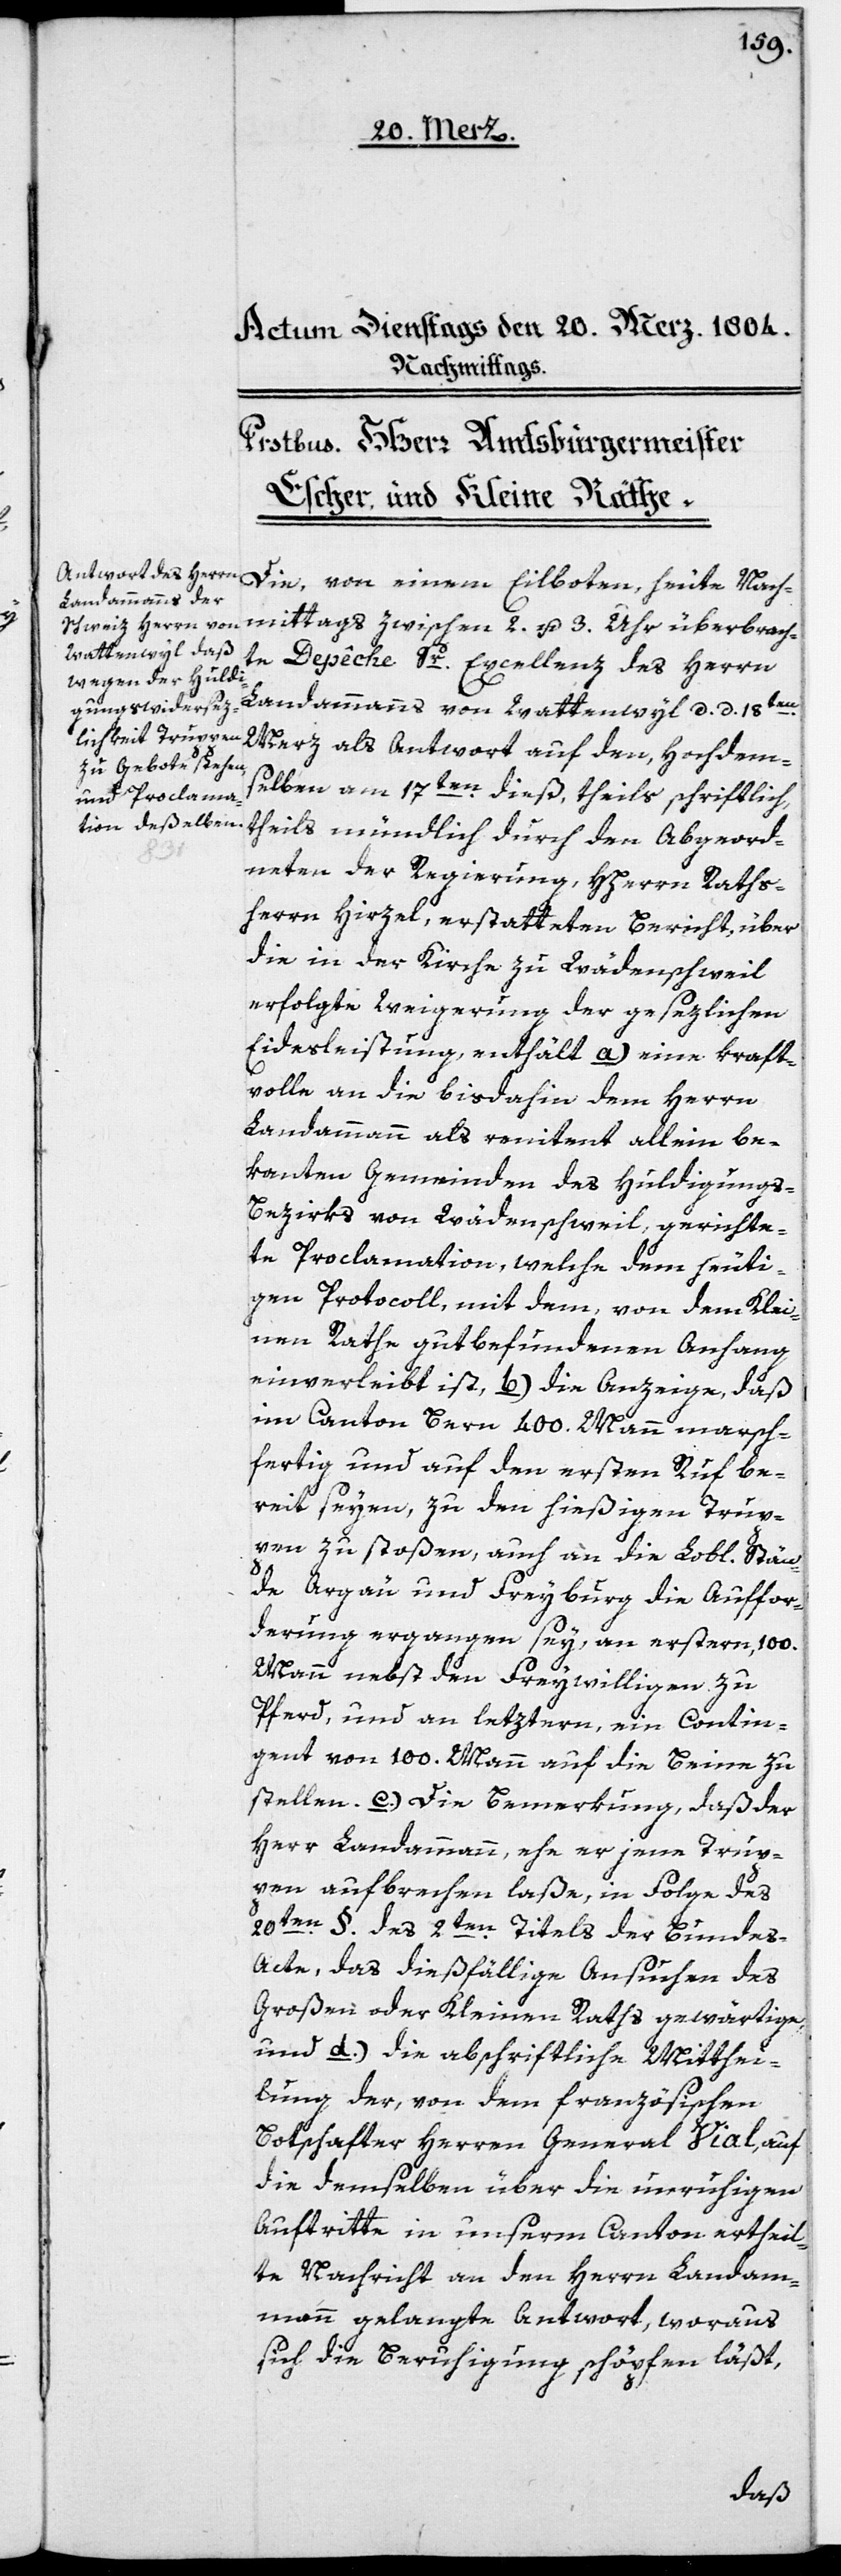
überbrach¬
Die, von einem Eilboten heute Nach¬
te Depêche Sr. Excellenz des Herrn
Landammanns von Wattenwyl, d. d. 18ten
Merz, als Antwort auf den, Hochdem¬
selben am 17ten dieß, theils schriftlich,
theils mündlich durch den Abgeord¬
2. u.
neten der Regierung, HHerrn Raths¬
errn Hirzel, erstatteten Bericht über
die in der Kirche zu Wädenschweil
erfolgte Weigerung der gesezlichen
Eidesleistung, enthält a.) eine kraft¬
volle an die bis dahin dem Herrn
Landammann als renitent allein be¬
kannten Gemeinden des Huldigung¬
s-Bezirks von Wädenschweil, gerichte¬
te Proclamation, welche dem heuti¬
gen Protcoll, mit dem, von dem Klei¬
nen Rathe gut befundenen Anhang
einverleibt ist, b.) die Anzeige, daß
im Canton Bern 400. Mann marsch¬
fertig und auf den ersten Ruf be¬
reit seyen, zu den hießigen Trup¬
pen zu stoßen, auch an die Lobl. Stän¬
3.
de Argau und Freyburg die Auffor¬
derung ergangen sey, an Erstern 100.
Mann nebst den Freywilligen zu
Pferd, und an letztern, ein Contin¬
gent von 100. Mann auf die Beine zu
stellen. c.) Die Bemerkung, daß der
Herr Landammann, ehe er jene Trup¬
pen aufbrechen laße, in Folge des
20ten § des 2ten Titels der Bunde¬
s-Acte, das dießfällige Ansuchen des
Großen oder Kleinen Raths gewärtige,
und d.) die abschriftliche Mitthei¬
lung der, von dem französischen
Botschafter Herren General Vial, auf
die demselben über die unruhigen
Auftritte in unserm Canton ertheil¬
te Nachricht an den Herrn Landam¬
mann gelangte Antwort, woraus
sich die Beruhigung schöpfen läßt,